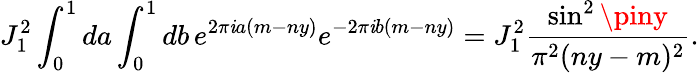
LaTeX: J_{1}^{2}\int_{0}^{1}da\int_{0}^{1}db\, e^{2\pi\mathit{i}a(m-ny)}e^{-2\pi\mathit{i}b(m-ny)}=J_{1}^{2}\frac{{\sin^{2}\piny}}{{\pi^{2}(ny-m)^{2}}}.